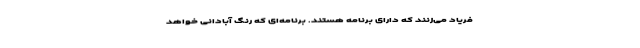
فریاد می‌زنند که دارای برنامه هستند. برنامه‌ای که رنگِ آبادانی خواهد